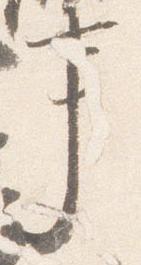
事